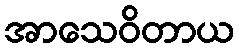
အာသေဝိတာယ